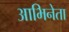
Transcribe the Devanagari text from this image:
आभिनेता